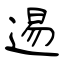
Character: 逷